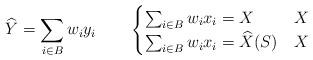
LaTeX: \begin{align*}& \widehat{Y} = \sum_{i\in B} w_i y_i \qquad \begin{cases} \sum_{i\in B} w_i x_i = X & X \\\sum_{i\in B} w_i x_i = \widehat{X}(S) & X \end{cases} \end{align*}